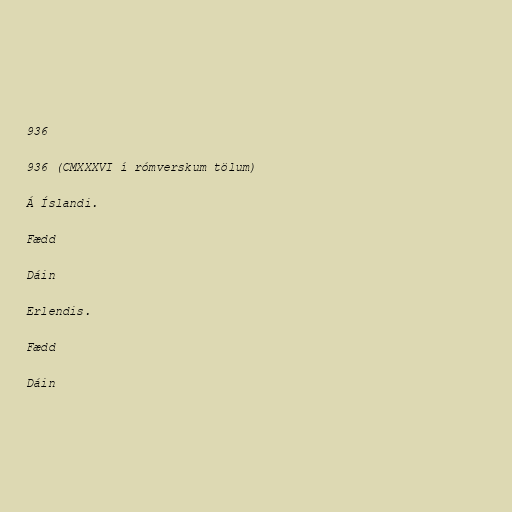
936

936 (CMXXXVI í rómverskum tölum)

Á Íslandi.

Fædd

Dáin

Erlendis.

Fædd

Dáin